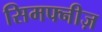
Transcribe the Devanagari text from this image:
सिमफ्नीज़